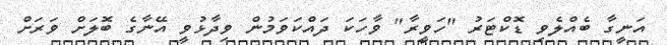
އަނީގާ ބެއްލެވި ޑޮކްޓަރު "ހަވީރާ" ވާހަކަ ދައްކަވަމުން ވިދާޅުވީ އޭނާގެ ބޮލަށް ވަރަށް